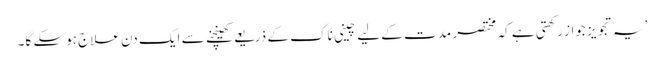
’یہ تجویز جواز رکھتی ہے کہ مختصر مدت کے لیے چینی ناک کے ذریعے کھینچنے سے ایک دن علاج ہوسکے گا۔